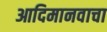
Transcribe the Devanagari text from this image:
आदिमानवाचा